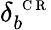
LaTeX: \delta_{b}^{\mathrm{~\scriptsize~C~R~}}